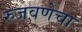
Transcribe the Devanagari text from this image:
रुजवणेचा